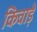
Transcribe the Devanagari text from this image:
किवाड़े